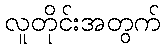
လူတိုင်းအတွက်